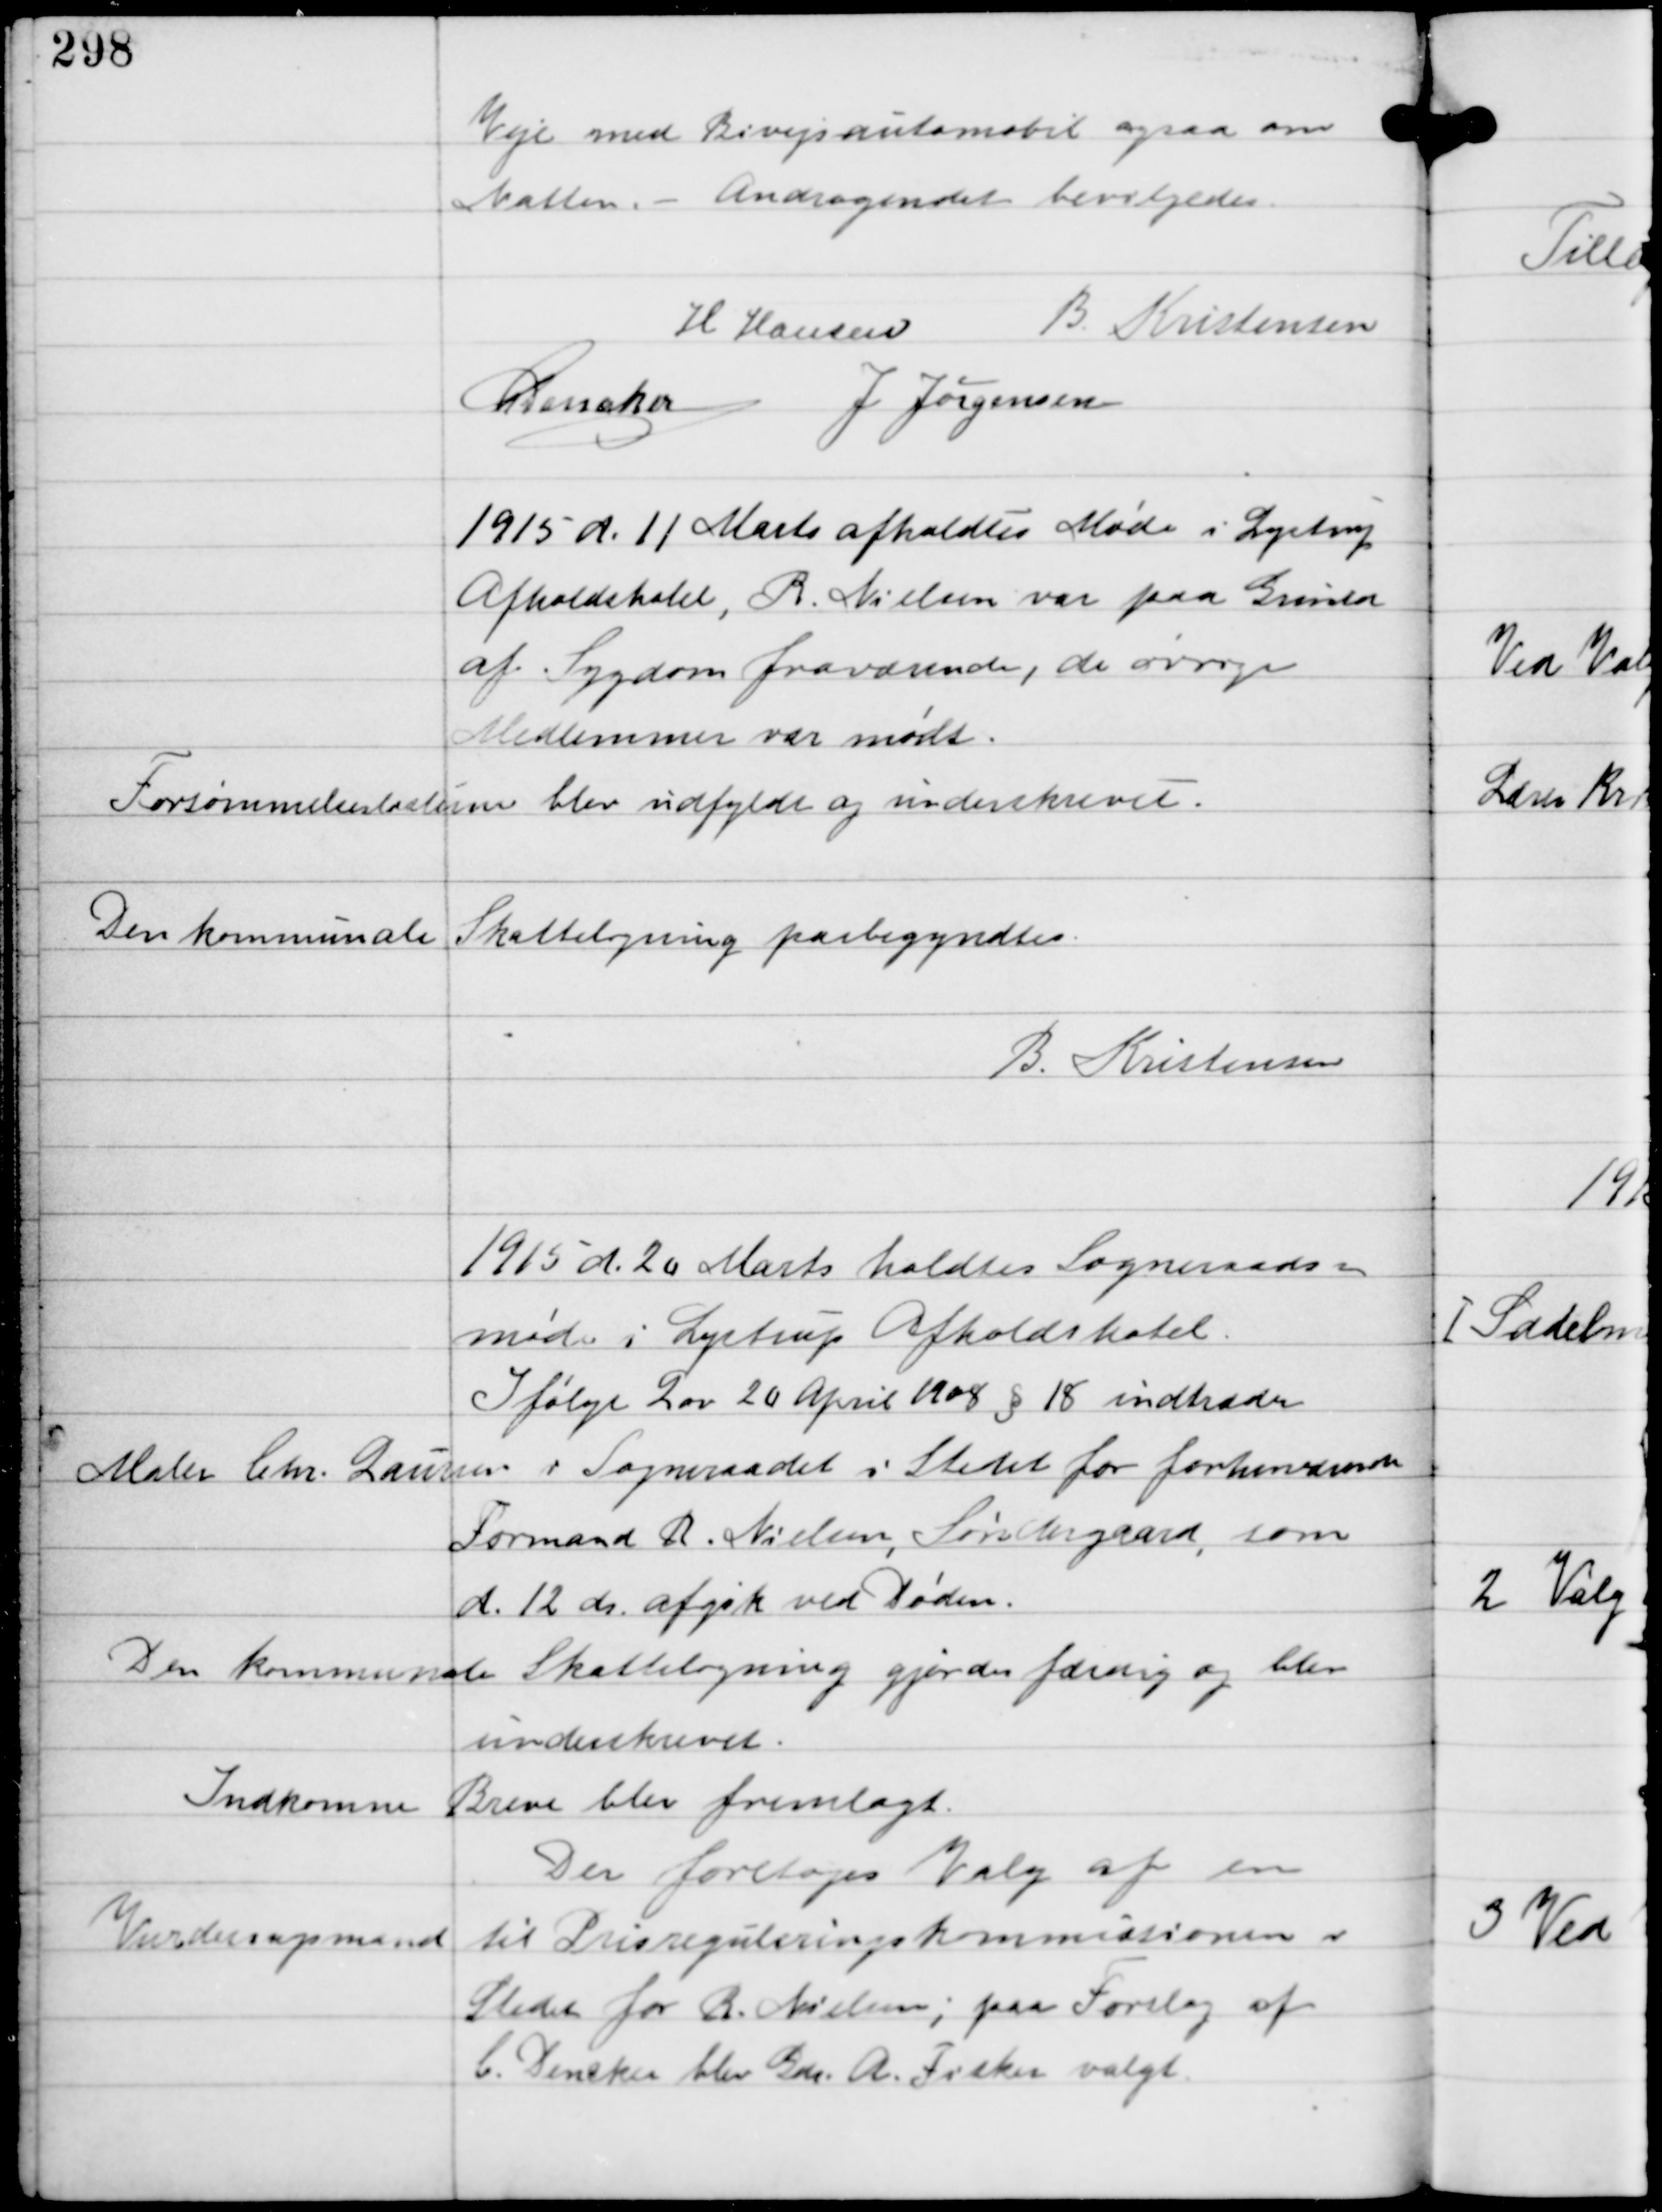
Transskription:
Veje med Bivejsautomobil ogsaa om
Natten. - Andragendet bevilgedes.

H Hansen B Kristensen
C Dencker
J Jørgensen

1915 d. 11 Marts afholdtes Møde i Lystrup
Afholdshotel, R Nielsen var paa Grund
af Sygdom fraværende, de øvrige
Medlemmer var mødt.

Forsømmelseslisten blev udfyldt og underskrevet.

Den kommunale Skatteligning paabegyndtes

B. Kristensen

1915 d. 20 Marts holdtes Sogneraads-
møde i Lystrup Afholdshotel.

Ifølge Lov 20 April 1908 §18 indtræder
Maler Chr Laursen i Sogneraadet i Stedet for forhenværende
Formand R. Nielsen Søndergaard, som
d. 12 ds afgik ved Døden.

Den kommunale Skatteligning gjordes færdig og blev
underskrevet.

Indkomne Breve blev fremlagt.

Der foretoges Valg af en
Vurderingsmand til Prisreguleringskommisionen i
Stedet for R. Nielsen; paa Forslag af
C. Dencker blev Gdr A. Fisker valgt.